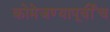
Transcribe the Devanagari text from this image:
कोमेजण्यापूर्वीच